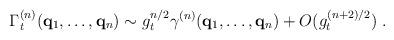
LaTeX: \begin{align*}\Gamma_t^{(n)} ( {\bf{q}}_1 , \ldots , {\bf{q}}_n ) \sim g_t^{n/2}\gamma^{(n)} ( {\bf{q}}_1 , \ldots , {\bf{q}}_n ) + O ( g_t^{ (n+2)/2} ) \; . \end{align*}